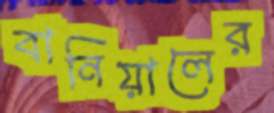
বানিয়ালের